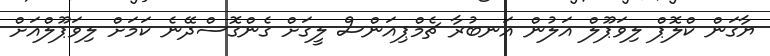
ޔާގަން ކްލޮޕް ލިވަޕޫލް އަލުން އަނބުރާ ޗެމްޕިއަންސް ލީގަށް ގެންގޮސްދޭނެ ކަމަށް ލިވަޕޫލްއަށް